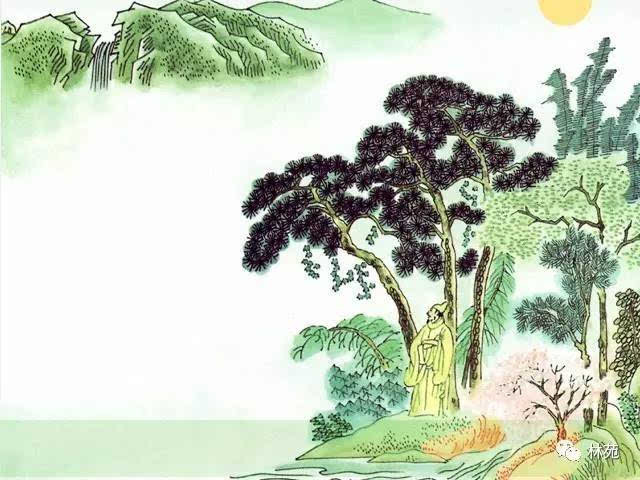
天下伤心处，劳劳送客亭。